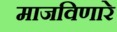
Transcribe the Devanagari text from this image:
माजविणारे